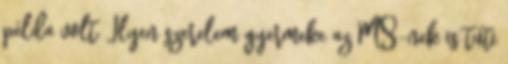
példa volt. Ilyen szerelem gyermeke az MS-nek is tuti